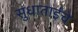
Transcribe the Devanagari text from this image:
सुधाताईंचे